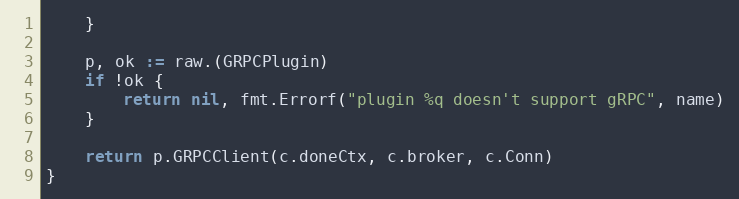
Language: Go
	}

	p, ok := raw.(GRPCPlugin)
	if !ok {
		return nil, fmt.Errorf("plugin %q doesn't support gRPC", name)
	}

	return p.GRPCClient(c.doneCtx, c.broker, c.Conn)
}